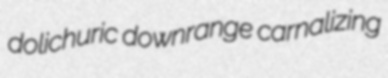
dolichuric downrange carnalizing